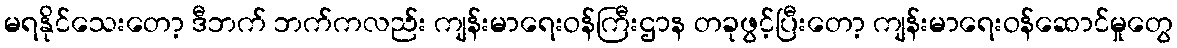
မရနိုင်သေးတော့ ဒီဘက် ဘက်ကလည်း ကျန်းမာရေးဝန်ကြီးဌာန တခုဖွင့်ပြီးတော့ ကျန်းမာရေးဝန်ဆောင်မှုတွေ